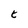
Character: t